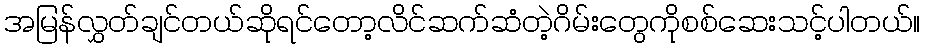
အမြန်လွှတ်ချင်တယ်ဆိုရင်တော့လိင်ဆက်ဆံတဲ့ဂိမ်းတွေကိုစစ်ဆေးသင့်ပါတယ်။